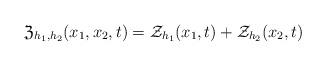
LaTeX: \begin{align*}\mathfrak Z_{h_1,h_2}(x_1,x_2,t)=\mathcal Z_{h_1}(x_1,t)+ \mathcal Z_{h_2}(x_2,t)\end{align*}